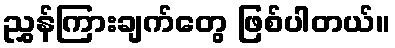
ညွှန်ကြားချက်တွေ ဖြစ်ပါတယ်။